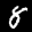
Label: 8